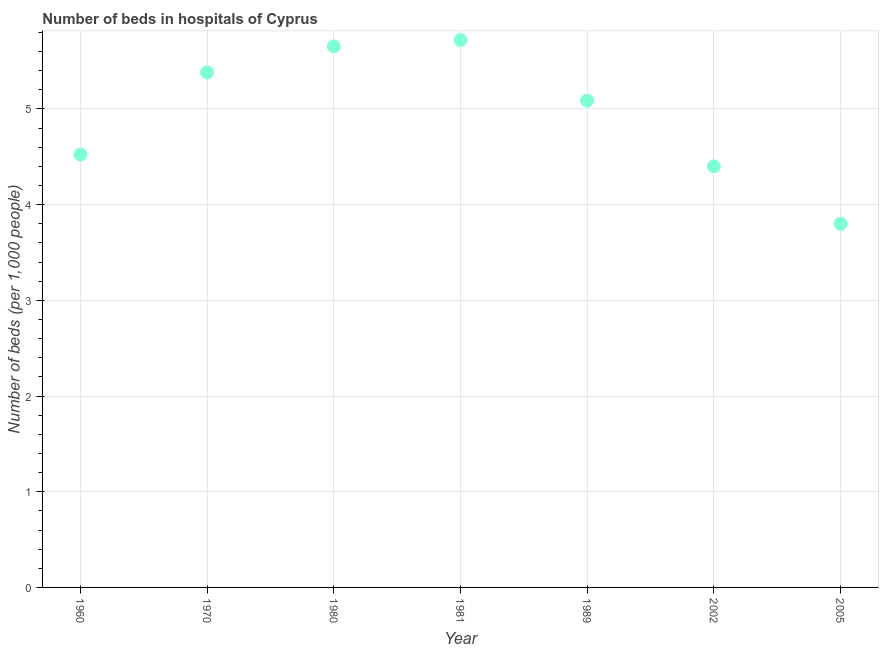
| Year | Hospital beds |
 | --- | --- |
 | 1960 | 4.52 |
 | 1970 | 5.38 |
 | 1980 | 5.65 |
 | 1981 | 5.72 |
 | 1989 | 5.09 |
 | 2002 | 4.4 |
 | 2005 | 3.8 |